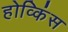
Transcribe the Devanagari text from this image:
होव्किंस